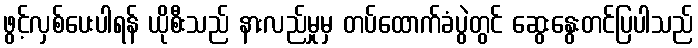
ဖွင့်လှစ်ပေးပါရန် ယိုစီးသည် နားလည်မှုမှ တပ်ထောက်ခံပွဲတွင် ဆွေးနွေးတင်ပြပါသည်